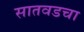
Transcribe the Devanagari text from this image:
सातवडचा